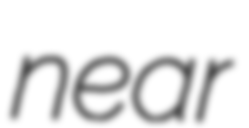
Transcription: near